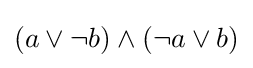
(a\lor \lnot b)\land (\lnot a\lor b)